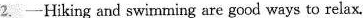
2. -Hiking and swimming are good ways to relax.